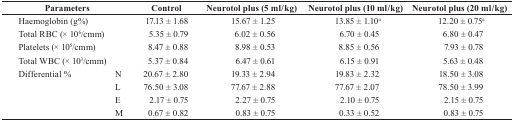
| <COLSPAN=2> Parameters | Control | Neurotol plus (5 ml/kg) | Neurotol plus (10 ml/kg) | Neurotol plus (20 ml/kg) |
 | --- | --- | --- | --- | --- | --- |
 | <COLSPAN=2> Haemoglobin (g%) | 17.13 ± 1.68 | 15.67 ± 1.25 | 13.85 ± 1.10a | 12.20 ± 0.75a |
 | <COLSPAN=2> Total RBC (× 106/cmm) | 5.35 ± 0.79 | 6.02 ± 0.56 | 6.70 ± 0.45 | 6.80 ± 0.47 |
 | <COLSPAN=2> Platelets (× 105/cmm) | 8.47 ± 0.88 | 8.98 ± 0.53 | 8.85 ± 0.56 | 7.93 ± 0.78 |
 | <COLSPAN=2> Total WBC (× 103/cmm) | 5.37 ± 0.84 | 6.47 ± 0.61 | 6.15 ± 0.91 | 5.63 ± 0.48 |
 | Differential % | N | 20.67 ± 2.80 | 19.33 ± 2.94 | 19.83 ± 2.32 | 18.50 ± 3.08 |
 |  | L | 76.50 ± 3.08 | 77.67 ± 2.88 | 77.67 ± 2.07 | 78.50 ± 3.99 |
 |  | E | 2.17 ± 0.75 | 2.27 ± 0.75 | 2.10 ± 0.75 | 2.15 ± 0.75 |
 |  | M | 0.67 ± 0.82 | 0.83 ± 0.75 | 0.33 ± 0.52 | 0.83 ± 0.75 |